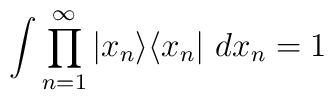
\int \prod_{n=1}^{\infty}|x_n\rangle \langle x_n |~dx_n=1